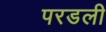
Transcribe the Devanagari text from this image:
परडली